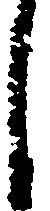
し